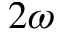
2 \omega